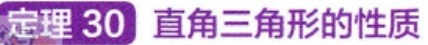
定理 30 直角三角形的性质